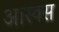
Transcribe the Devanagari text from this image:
आस्क्स